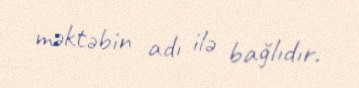
məktəbin adı ilə bağlıdır.